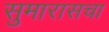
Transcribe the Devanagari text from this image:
सुमारासचा